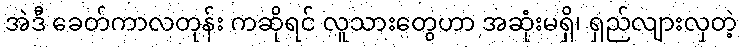
အဲဒီ ခေတ်ကာလတုန်း ကဆိုရင် လူသားတွေဟာ အဆုံးမရှိ၊ ရှည်လျားလှတဲ့